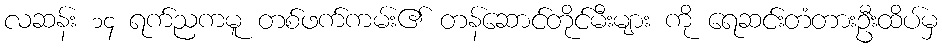
လဆန်း ၁၄ ရက်ညကမူ တစ်ဖက်ကမ်း၏ တန်ဆောင်တိုင်မီးများ ကို ရေဆင်းတံတားဦးထိပ်မှ